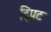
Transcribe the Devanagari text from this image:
द्विपट